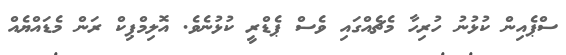
ސްޕެއިން ކުޅުނު ހުރިހާ މެޗެއްގައި ވެސް ޕެޑްރީ ކުޅުނެވެ. އޮލިމްޕިކް ރަން މެޑައްޔެއް